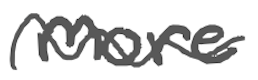
Text: more
Cross-out: wave
Writing tool: digital_gray